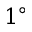
1 ^ { \circ }